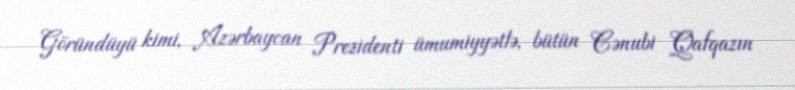
Göründüyü kimi, Azərbaycan Prezidenti ümumiyyətlə, bütün Cənubi Qafqazın